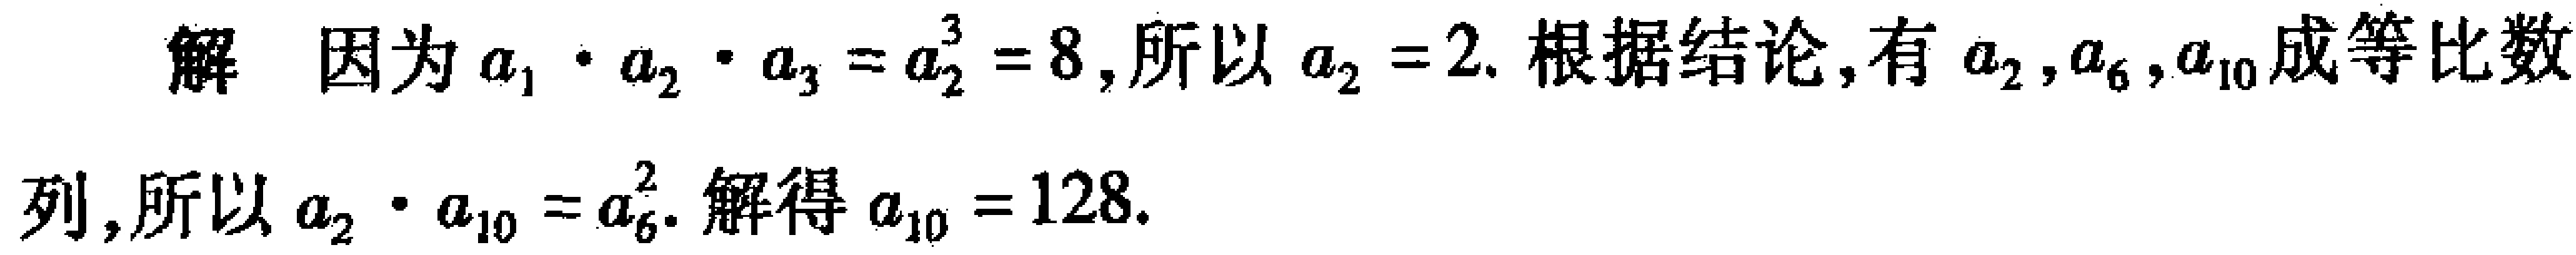
解 因为\(a_{1}\cdot a_{2}\cdot a_{3}=a_{2}^{3}=8\)，所以\(a_{2}=2\). 根据结论, 有\(a_{2},a_{6},a_{10}\)成等比数列, 所以\(a_{2}\cdot a_{10}=a_{6}^{2}\). 解得\(a_{10}=128\).